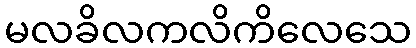
မလခိလကလိကိလေသေ